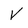
Character: V